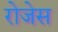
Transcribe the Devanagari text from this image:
रोजेस